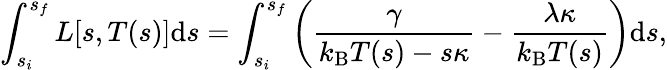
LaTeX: \int_{s_{i}}^{s_{f}}L[s,T(s)]\mathrm{d}s=\int_{s_{i}}^{s_{f}}\left(\frac{\gamma}{k_{\mathrm{B}}T(s)-s\kappa}-\frac{\lambda\kappa}{k_{\mathrm{B}}T(s)}\right)\textrm{d}s,